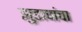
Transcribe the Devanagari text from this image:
झुडापांचा